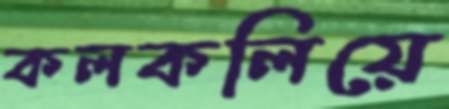
কলকলিয়ে